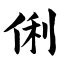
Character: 俐